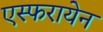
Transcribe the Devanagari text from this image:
एस्फरायेन